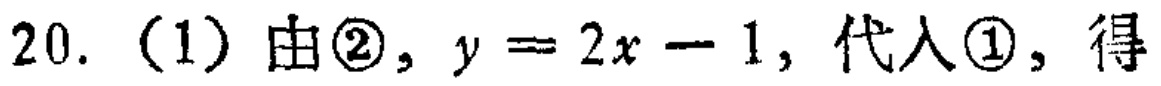
20. （1）由\textcircled{2}，\(y = 2x - 1\)，代入\textcircled{1}，得